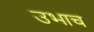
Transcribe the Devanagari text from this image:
उभाच